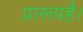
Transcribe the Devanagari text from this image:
प्रारूपहै।